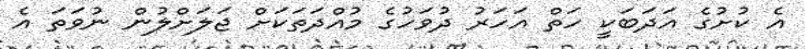
އެ ކުށުގެ އަދަބަކީ ހަތް އަހަރު ދުވަހުގެ މުއްދަތަކަށް ޖަލަށްލުން ނުވަތަ އެ